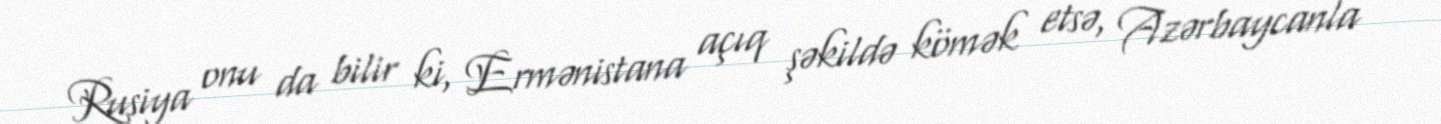
Rusiya onu da bilir ki, Ermənistana açıq şəkildə kömək etsə, Azərbaycanla